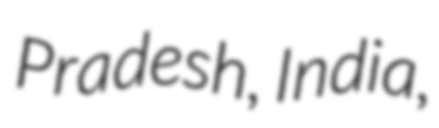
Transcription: Pradesh, India,